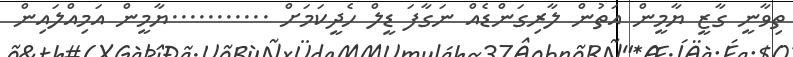
ތިވާނީ ގާޒީ ޔާމީން އަތުން ލާރިގަންޑެއް ނަގާފަ ޑީލް ހެދީކަމަށް ...........ޔާމީން އަމިއްލައިން